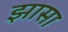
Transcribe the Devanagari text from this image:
झासा